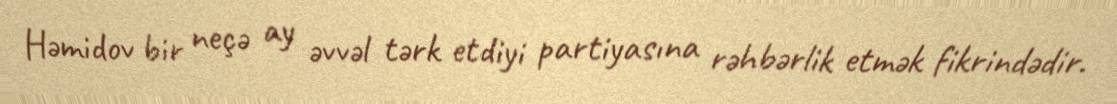
Həmidov bir neçə ay əvvəl tərk etdiyi partiyasına rəhbərlik etmək fikrindədir.